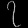
Digit: ၇